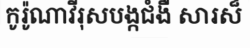
កូរ៉ូណាវីរុសបង្កជំងឺ សារស៏